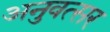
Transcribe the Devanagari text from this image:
अनुवत्सर